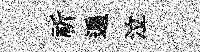
祈遍泣